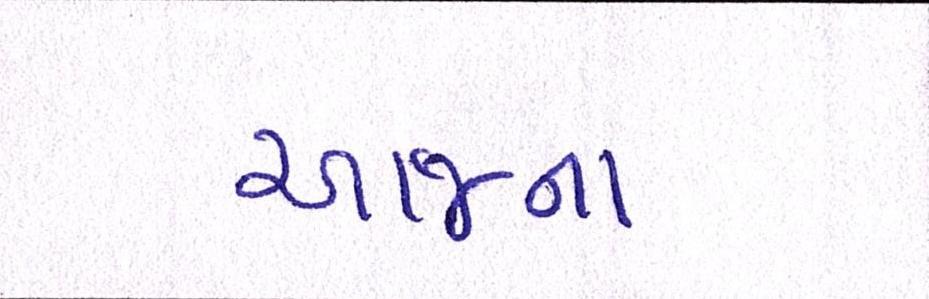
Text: આજના